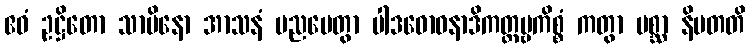
ဧဝံ ဥဋ္ဌိတော သာမိနော အာသနံ ပညပေတွာ ပါဒဓောဝနာဒိကတ္တဗ္ဗကိစ္စံ ကတွာ ပစ္ဆာ နိပတတိ